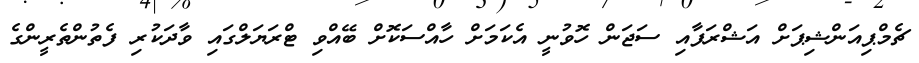
ޗެމްޕިއަންޝިޕަށް އަޝްރަފާއި ސަޖަން ހޮވުނީ އެކަމަށް ހާއްސަކޮށް ބޭއްވި ޓްރަޔަލްގައި ވާދަކުރި ފެތުންތެރީންގެ